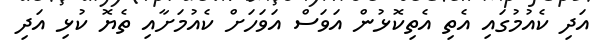
އަދި ކެއުމުގައި އެތި އެތިކޮޅުން އަވަސް އަވަހަށް ކެއުމަށާއި ތެޔޮ ކުޅި އަދި